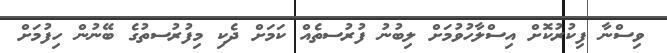
ވިސްނާ ފިކުރުކޮށް އިސްލާހުވުމަށް ލިބުނު ފުރުސތެއް ކަމަށް ދެކި މިފުރުސތުގެ ބޭނުން ހިފުމަށް